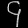
Digit: ၄